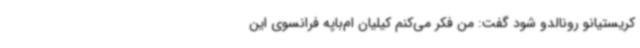
کریستیانو رونالدو شود گفت: من فکر می‌کنم کیلیان ام‌باپه فرانسوی این